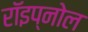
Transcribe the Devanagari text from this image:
रॉइप्नोल